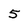
Character: 5